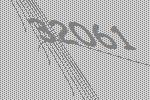
32061